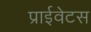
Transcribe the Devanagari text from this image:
प्राईवेटस